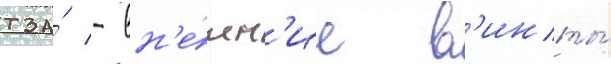
тза́ - вн'е́шн'ие в'инты́